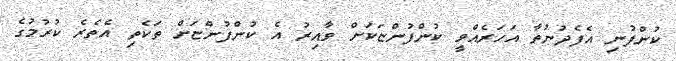
ކުންފުނި އެފެދުނުތާ އަހަރެއްވީ ކުންފުންޏަކަށް ވާއިރު އެ ކުންފުންޏަށް ތަކެތި އެތެރެ ކުރުމުގެ